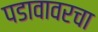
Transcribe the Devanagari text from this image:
पडावावरचा